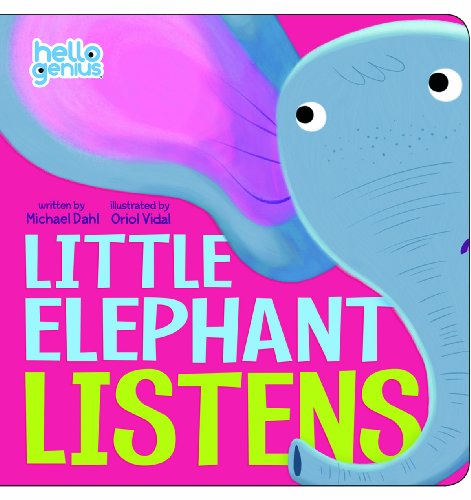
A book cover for Little Elephant Listens (Hello Genius); Michael Dahl; Children's Books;